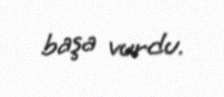
başa vurdu.